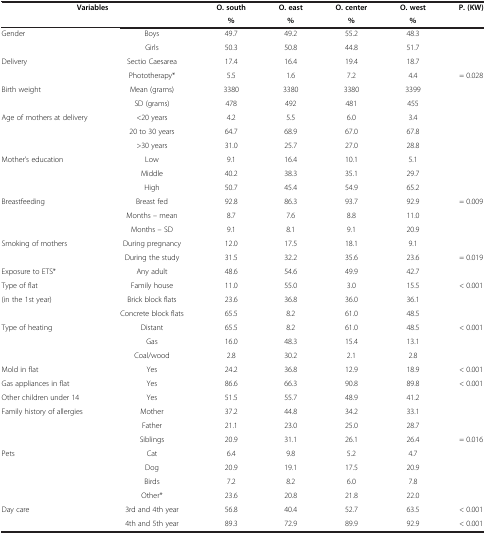
<table><thead><tr><td colspan="2"><b>Variables</b></td><td><b>O. south</b></td><td><b>O. east</b></td><td><b>O. center</b></td><td><b>O. west</b></td><td><b>P. (KW)</b></td></tr><tr><td><b> </b></td><td><b> </b></td><td><b>%</b></td><td><b>%</b></td><td><b>%</b></td><td><b>%</b></td><td><b> </b></td></tr></thead><tbody><tr><td rowspan="2">Gender</td><td>Boys</td><td>49.7</td><td>49.2</td><td>55.2</td><td>48.3</td><td> </td></tr><tr><td>Girls</td><td>50.3</td><td>50.8</td><td>44.8</td><td>51.7</td><td> </td></tr><tr><td rowspan="2">Delivery</td><td>Sectio Caesarea</td><td>17.4</td><td>16.4</td><td>19.4</td><td>18.7</td><td> </td></tr><tr><td>Phototherapy*</td><td>5.5</td><td>1.6</td><td>7.2</td><td>4.4</td><td>= 0.028</td></tr><tr><td rowspan="2">Birth weight</td><td>Mean (grams)</td><td>3380</td><td>3380</td><td>3380</td><td>3399</td><td> </td></tr><tr><td>SD (grams)</td><td>478</td><td>492</td><td>481</td><td>455</td><td> </td></tr><tr><td rowspan="3">Age of mothers at delivery</td><td>&lt;20 years</td><td>4.2</td><td>5.5</td><td>6.0</td><td>3.4</td><td> </td></tr><tr><td>20 to 30 years</td><td>64.7</td><td>68.9</td><td>67.0</td><td>67.8</td><td> </td></tr><tr><td>&gt;30 years</td><td>31.0</td><td>25.7</td><td>27.0</td><td>28.8</td><td> </td></tr><tr><td rowspan="3">Mother’s education</td><td>Low</td><td>9.1</td><td>16.4</td><td>10.1</td><td>5.1</td><td> </td></tr><tr><td>Middle</td><td>40.2</td><td>38.3</td><td>35.1</td><td>29.7</td><td> </td></tr><tr><td>High</td><td>50.7</td><td>45.4</td><td>54.9</td><td>65.2</td><td> </td></tr><tr><td rowspan="3">Breastfeeding</td><td>Breast fed</td><td>92.8</td><td>86.3</td><td>93.7</td><td>92.9</td><td>= 0.009</td></tr><tr><td>Months – mean</td><td>8.7</td><td>7.6</td><td>8.8</td><td>11.0</td><td> </td></tr><tr><td>Months – SD</td><td>9.1</td><td>8.1</td><td>9.1</td><td>20.9</td><td> </td></tr><tr><td rowspan="2">Smoking of mothers</td><td>During pregnancy</td><td>12.0</td><td>17.5</td><td>18.1</td><td>9.1</td><td> </td></tr><tr><td>During the study</td><td>31.5</td><td>32.2</td><td>35.6</td><td>23.6</td><td>= 0.019</td></tr><tr><td>Exposure to ETS*</td><td>Any adult</td><td>48.6</td><td>54.6</td><td>49.9</td><td>42.7</td><td> </td></tr><tr><td>Type of flat</td><td>Family house</td><td>11.0</td><td>55.0</td><td>3.0</td><td>15.5</td><td>&lt; 0.001</td></tr><tr><td rowspan="2">(in the 1st year)</td><td>Brick block flats</td><td>23.6</td><td>36.8</td><td>36.0</td><td>36.1</td><td> </td></tr><tr><td>Concrete block flats</td><td>65.5</td><td>8.2</td><td>61.0</td><td>48.5</td><td> </td></tr><tr><td rowspan="3">Type of heating</td><td>Distant</td><td>65.5</td><td>8.2</td><td>61.0</td><td>48.5</td><td>&lt; 0.001</td></tr><tr><td>Gas</td><td>16.0</td><td>48.3</td><td>15.4</td><td>13.1</td><td> </td></tr><tr><td>Coal/wood</td><td>2.8</td><td>30.2</td><td>2.1</td><td>2.8</td><td> </td></tr><tr><td>Mold in flat</td><td>Yes</td><td>24.2</td><td>36.8</td><td>12.9</td><td>18.9</td><td>&lt; 0.001</td></tr><tr><td>Gas appliances in flat</td><td>Yes</td><td>86.6</td><td>66.3</td><td>90.8</td><td>89.8</td><td>&lt; 0.001</td></tr><tr><td>Other children under 14</td><td>Yes</td><td>51.5</td><td>55.7</td><td>48.9</td><td>41.2</td><td> </td></tr><tr><td rowspan="3">Family history of allergies</td><td>Mother</td><td>37.2</td><td>44.8</td><td>34.2</td><td>33.1</td><td> </td></tr><tr><td>Father</td><td>21.1</td><td>23.0</td><td>25.0</td><td>28.7</td><td> </td></tr><tr><td>Siblings</td><td>20.9</td><td>31.1</td><td>26.1</td><td>26.4</td><td>= 0.016</td></tr><tr><td rowspan="4">Pets</td><td>Cat</td><td>6.4</td><td>9.8</td><td>5.2</td><td>4.7</td><td> </td></tr><tr><td>Dog</td><td>20.9</td><td>19.1</td><td>17.5</td><td>20.9</td><td> </td></tr><tr><td>Birds</td><td>7.2</td><td>8.2</td><td>6.0</td><td>7.8</td><td> </td></tr><tr><td>Other*</td><td>23.6</td><td>20.8</td><td>21.8</td><td>22.0</td><td> </td></tr><tr><td rowspan="2">Day care</td><td>3rd and 4th year</td><td>56.8</td><td>40.4</td><td>52.7</td><td>63.5</td><td>&lt; 0.001</td></tr><tr><td>4th and 5th year</td><td>89.3</td><td>72.9</td><td>89.9</td><td>92.9</td><td>&lt; 0.001</td></tr></tbody></table>